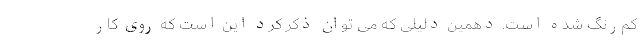
کم‌رنگ شده است. دهمین دلیلی که می توان ذکر کرد این است که روی کار